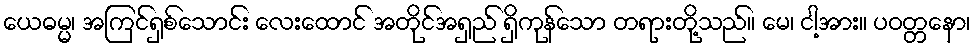
ယေဓမ္မ၊ အကြင်ရှစ်သောင်း လေးထောင် အတိုင်အရှည် ရှိကုန်သော တရားတို့သည်။ မေ၊ ငါ့အား။ ပဝတ္တနော၊